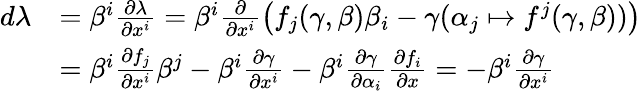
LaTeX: \begin{array}{rl}{d\lambda}&{=\beta^{i}\frac{\partial\lambda}{\partial x^{i}}=\beta^{i}\frac{\partial}{\partial x^{i}}\left(f_{j}(\gamma,\beta)\beta_{i}-\gamma(\alpha_{j}\mapsto f^{j}(\gamma,\beta))\right)}\\ &{=\beta^{i}\frac{\partial f_{j}}{\partial x^{i}}\beta^{j}-\beta^{i}\frac{\partial\gamma}{\partial x^{i}}-\beta^{i}\frac{\partial\gamma}{\partial\alpha_{i}}\frac{\partial f_{i}}{\partial x}=-\beta^{i}\frac{\partial\gamma}{\partial x^{i}}}\end{array}